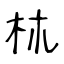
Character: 𣏕